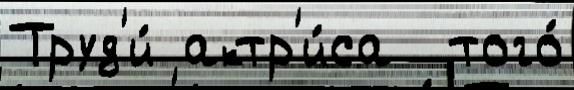
Труд'и́ актр'и́са  того́